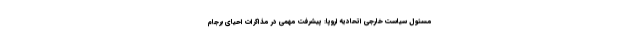
مسئول سیاست خارجی اتحادیه اروپا: پیشرفت مهمی در مذاکرات احیای برجام